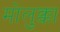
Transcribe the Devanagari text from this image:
मोलुक्का